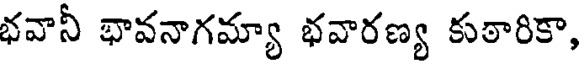
భవానీ భావనాగమ్యా భవారణ్య కుఠారికా,